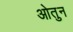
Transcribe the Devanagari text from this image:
ओतुन